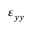
\varepsilon _ { y y }